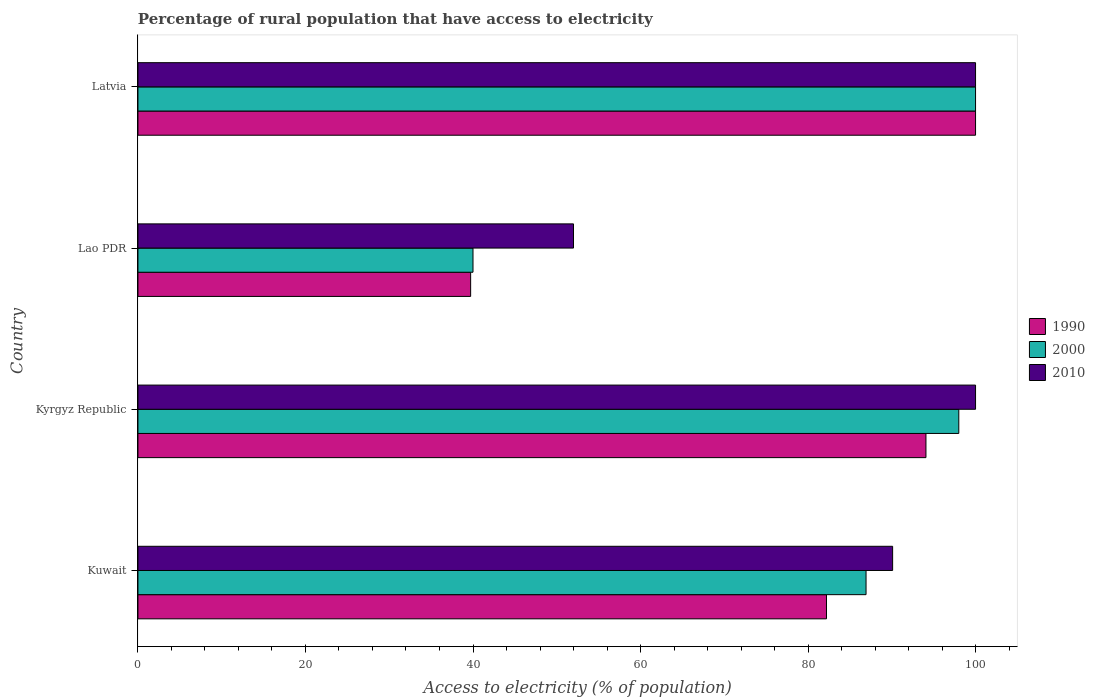
| Country | 1990 | 2000 | 2010 |
 | --- | --- | --- | --- |
 | Kuwait | 82.2 | 86.9 | 90.1 |
 | Kyrgyz Republic | 94.1 | 98 | 100 |
 | Lao PDR | 39.7 | 40 | 52 |
 | Latvia | 100 | 100 | 100 |